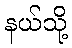
နယ်သို့